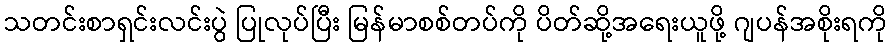
သတင်းစာရှင်းလင်းပွဲ ပြုလုပ်ပြီး မြန်မာစစ်တပ်ကို ပိတ်ဆို့အရေးယူဖို့ ဂျပန်အစိုးရကို